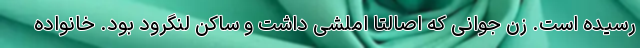
رسیده است. زن جوانی که اصالتا اَملَشی داشت و ساکن لنگرود بود. خانواده